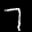
Label: 7